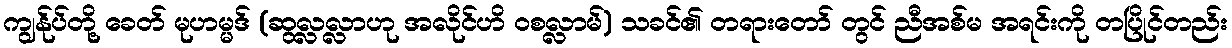
ကျွန်ုပ်တို့ ခေတ် မုဟမ္မဒ် (ဆွလ္လလ္လာဟု အလိုင်ဟိ ဝစလ္လာမ်) သခင်၏ တရားတော် တွင် ညီအစ်မ အရင်းကို တပြိုင်တည်း